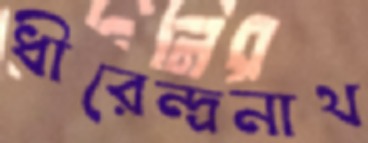
ধীরেন্দ্রনাথ